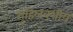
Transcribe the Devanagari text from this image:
गुहिलवंशीय